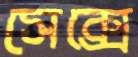
সেক্সে